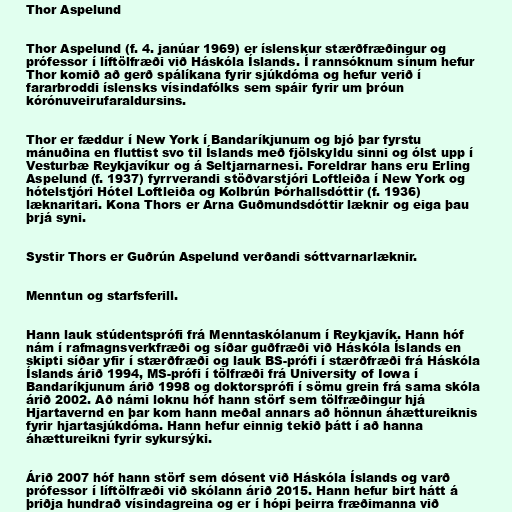
Thor Aspelund

Thor Aspelund (f. 4. janúar 1969) er íslenskur stærðfræðingur og
prófessor í líftölfræði við Háskóla Íslands. Í rannsóknum sínum hefur
Thor komið að gerð spálíkana fyrir sjúkdóma og hefur verið í
fararbroddi íslensks vísindafólks sem spáir fyrir um þróun
kórónuveirufaraldursins.

Thor er fæddur í New York í Bandaríkjunum og bjó þar fyrstu
mánuðina en fluttist svo til Íslands með fjölskyldu sinni og ólst upp í
Vesturbæ Reykjavíkur og á Seltjarnarnesi. Foreldrar hans eru Erling
Aspelund (f. 1937) fyrrverandi stöðvarstjóri Loftleiða í New York og
hótelstjóri Hótel Loftleiða og Kolbrún Þórhallsdóttir (f. 1936)
læknaritari. Kona Thors er Arna Guðmundsdóttir læknir og eiga þau
þrjá syni.

Systir Thors er Guðrún Aspelund verðandi sóttvarnarlæknir.

Menntun og starfsferill.

Hann lauk stúdentsprófi frá Menntaskólanum í Reykjavík. Hann hóf
nám í rafmagnsverkfræði og síðar guðfræði við Háskóla Íslands en
skipti síðar yfir í stærðfræði og lauk BS-prófi í stærðfræði frá Háskóla
Íslands árið 1994, MS-prófi í tölfræði frá University of Iowa í
Bandaríkjunum árið 1998 og doktorsprófi í sömu grein frá sama skóla
árið 2002. Að námi loknu hóf hann störf sem tölfræðingur hjá
Hjartavernd en þar kom hann meðal annars að hönnun áhættureiknis
fyrir hjartasjúkdóma. Hann hefur einnig tekið þátt í að hanna
áhættureikni fyrir sykursýki.

Árið 2007 hóf hann störf sem dósent við Háskóla Íslands og varð
prófessor í líftölfræði við skólann árið 2015. Hann hefur birt hátt á
þriðja hundrað vísindagreina og er í hópi þeirra fræðimanna við